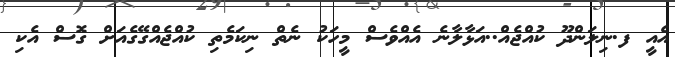
އެއީ ފ.ނިލަންދޫ ކުއްޖެއް..އަޅާލާނެ އެއްވެސް މީހަކު ނެތް ނިކަމެތި ކުއްޖެއްގޭގެއަށް ގޮސް އެކި